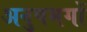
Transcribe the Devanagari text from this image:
अनुषमगों